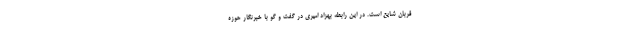
قربان شایع است. در این رابطه بهزاد امیری در گفت و گو با خبرنگار حوزه